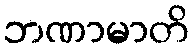
ဘဏာမာတိ